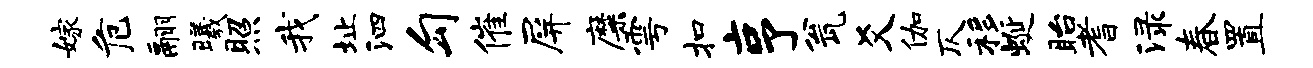
嫁危翮曦照我址泗勾催屏靡雩扣亨瓮爻伽仄移蜒眙耆渌春置